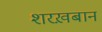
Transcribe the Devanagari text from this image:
शरख़बान